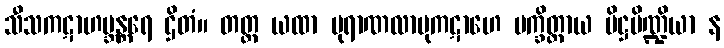
သီသကဋာဟဗ္ဘန္တရေ ဌိတံ။ တတ္ထ ယထာ ပုရာဏလာဗုကဋာဟေ ပက္ခိတ္တာယ ပိဋ္ဌပိဏ္ဍိယာ န